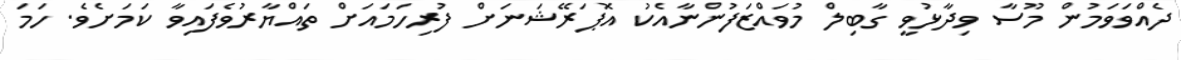
ދެއްވަވަމުން މޫސާ ވިދާޅުވީ ގާބިލް މުވައްޒަފުންނާއެކު އޮޕަރޭޝަނަށް ފުރިހަމައަށް ތައްޔާރުވެފައިވާ ކަަމަށެވެ. ހަމަ